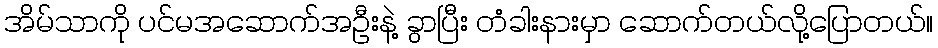
အိမ်သာကို ပင်မအဆောက်အဦးနဲ့ ခွာပြီး တံခါးနားမှာ ဆောက်တယ်လို့ပြောတယ်။